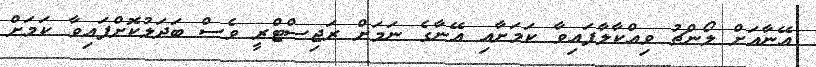
އޭނާއަށް ލޯންޗު ވިއްކާލާފައިވާ ކަމަށާއި އޭނާގެ ނަމަށް ރަޖިސްޓްރީ ވެސް ބަދަލުކޮށްފައިވާ ކަމަށް